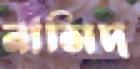
নাসিদ